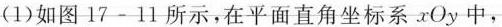
(1)如图17-11所示，在平面直角坐标系xOy中，